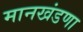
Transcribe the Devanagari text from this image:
मानखंडणा